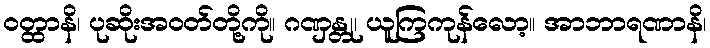
ဝတ္ထာနိ၊ ပုဆိုးအဝတ်တို့ကို။ ဂဏှန္တု၊ ယူကြကုန်လော့။ အာဘာရဏာနိ၊